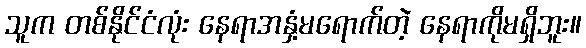
သူက တစ်နိုင်ငံလုံး နေရာအနှံ့မရောက်တဲ့ နေရာကိုမရှိဘူး။